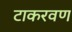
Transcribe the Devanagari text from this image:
टाकरवण